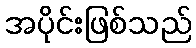
အပိုင်းဖြစ်သည်